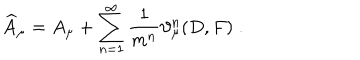
LaTeX: \widehat { A } _ { \mu } = A _ { \mu } + \sum _ { n = 1 } ^ { \infty } \frac 1 { m ^ { n } } \vartheta _ { \mu } ^ { n } ( D , F ) \; .